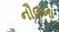
નૌલખા